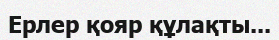
Ерлер қояр құлақты...